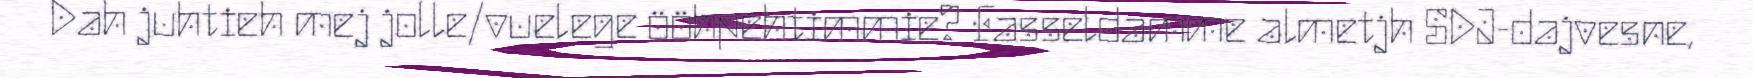
Dah juhtieh mej jolle/vuelege ööhpehtimmie? Fasseldamme almetjh SDJ-dajvesne,